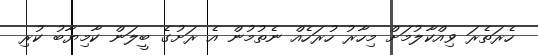
ހެރަތެރަ ވިއްކާލުމަށް މިހާރު ހުރަހެއް ނެތުމުން އެ ރަށުގެ ބީލަން ކާމިޔާބު ކުރި